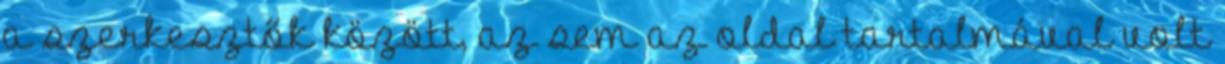
a szerkesztők között, az sem az oldal tartalmával volt